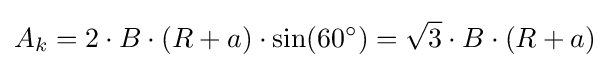
A_{k}=2\cdot B\cdot (R+a)\cdot \sin(60^{\circ })={\sqrt {3}}\cdot B\cdot (R+a)